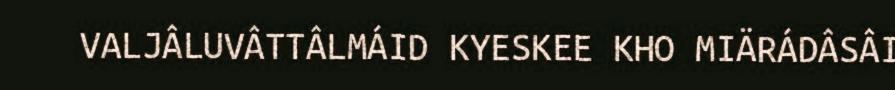
VALJÂLUVÂTTÂLMÁID KYESKEE KHO MIÄRÁDÂSÂI